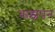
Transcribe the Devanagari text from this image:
बाझंपन